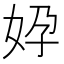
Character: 㚺